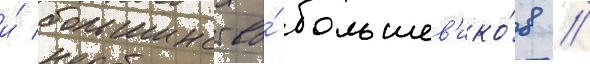
и́ большинство́ большев'ико́в //